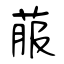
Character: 菔